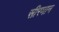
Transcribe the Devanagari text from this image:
सीरमान